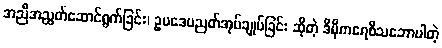
အညီအညွတ်ဆောင်ရွက်ခြင်း၊ ဥပဒေပညတ်အုပ်ချုပ်ခြင်း ဆိုတဲ့ ဒီမိုကရေစီသဘောပါတဲ့